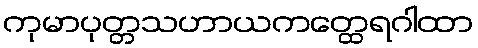
ကုမာပုတ္တသဟာယကတ္ထေရဂါထာ